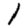
Digit: 1